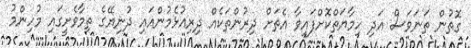
ގޮތުން ތަނަވަސް އަދި ހިމާޔަތްކޮށްފައިވާ އެތަށް ދިރުންތަކެއް ދިރިއުޅެމުންއައި ދުނިޔޭގެ ތިމާވެށީގައި މުހިންމު